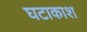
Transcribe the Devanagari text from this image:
घटाकाश